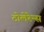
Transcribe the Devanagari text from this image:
टोलेरेन्स